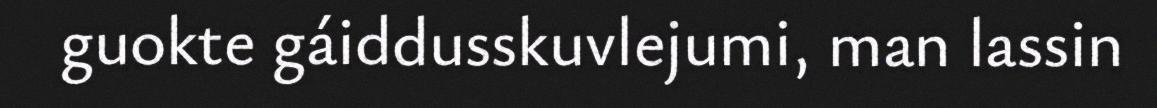
guokte gáiddusskuvlejumi, man lassin